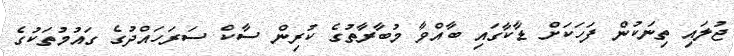
ޖުލައި ތިނަކުން ފަހަކަށް ޑާކާގައި ބާއްވާ މުބާރާތުގެ ކުރިން ސާކް ސަރަހައްދުގެ ގައުމުތަކުގެ